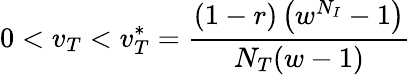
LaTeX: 0<v_{T}<v_{T}^{*}=\frac{(1-r)\left(w^{N_{I}}-1\right)}{N_{T}(w-1)}